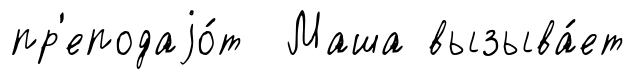
пр'еподаjо́т Маша вызыва́ет